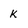
Character: k